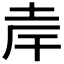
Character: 𪣄